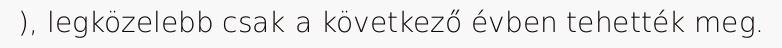
), legközelebb csak a következő évben tehették meg.